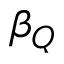
\beta _ { Q }